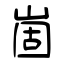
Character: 崮